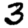
Digit: 3